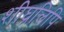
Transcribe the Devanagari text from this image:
शीघ्रलिपि